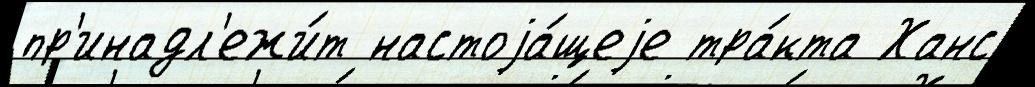
пр'инадл'ежи́т настоjа́щеjе тра́кта Ханс